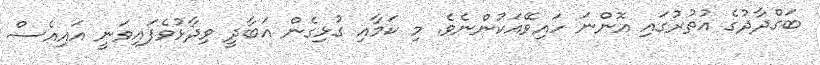
ބަގްދާދުގެ އުތުރުގައި އޮންނަ ހައިވޭއަކުންނެވެ. މި ކަމާއި ގުޅިގެން އަބާދީ ވިދާޅުވެފައިވަނީ އައިއެސް